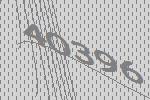
40396